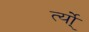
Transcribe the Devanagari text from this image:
र्त्यो्